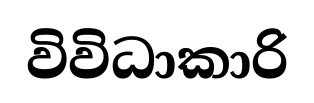
විවිධාකාරි